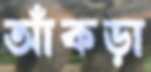
আঁকড়া